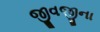
જીવજીના